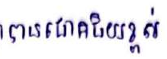
បានជោគជ័យខ្ពស់